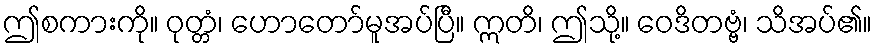
ဤစကားကို။ ဝုတ္တံ၊ ဟောတော်မူအပ်ပြီ။ ဣတိ၊ ဤသို့။ ဝေဒိတဗ္ဗံ၊ သိအပ်၏။